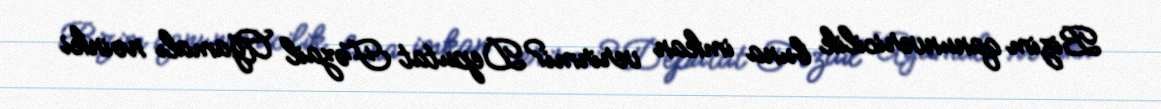
Bizim qanunvericilik buna imkan verirmi?Deputat Fəzail Ağamalı nəinki